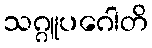
သဂ္ဂူပဂေါတိ